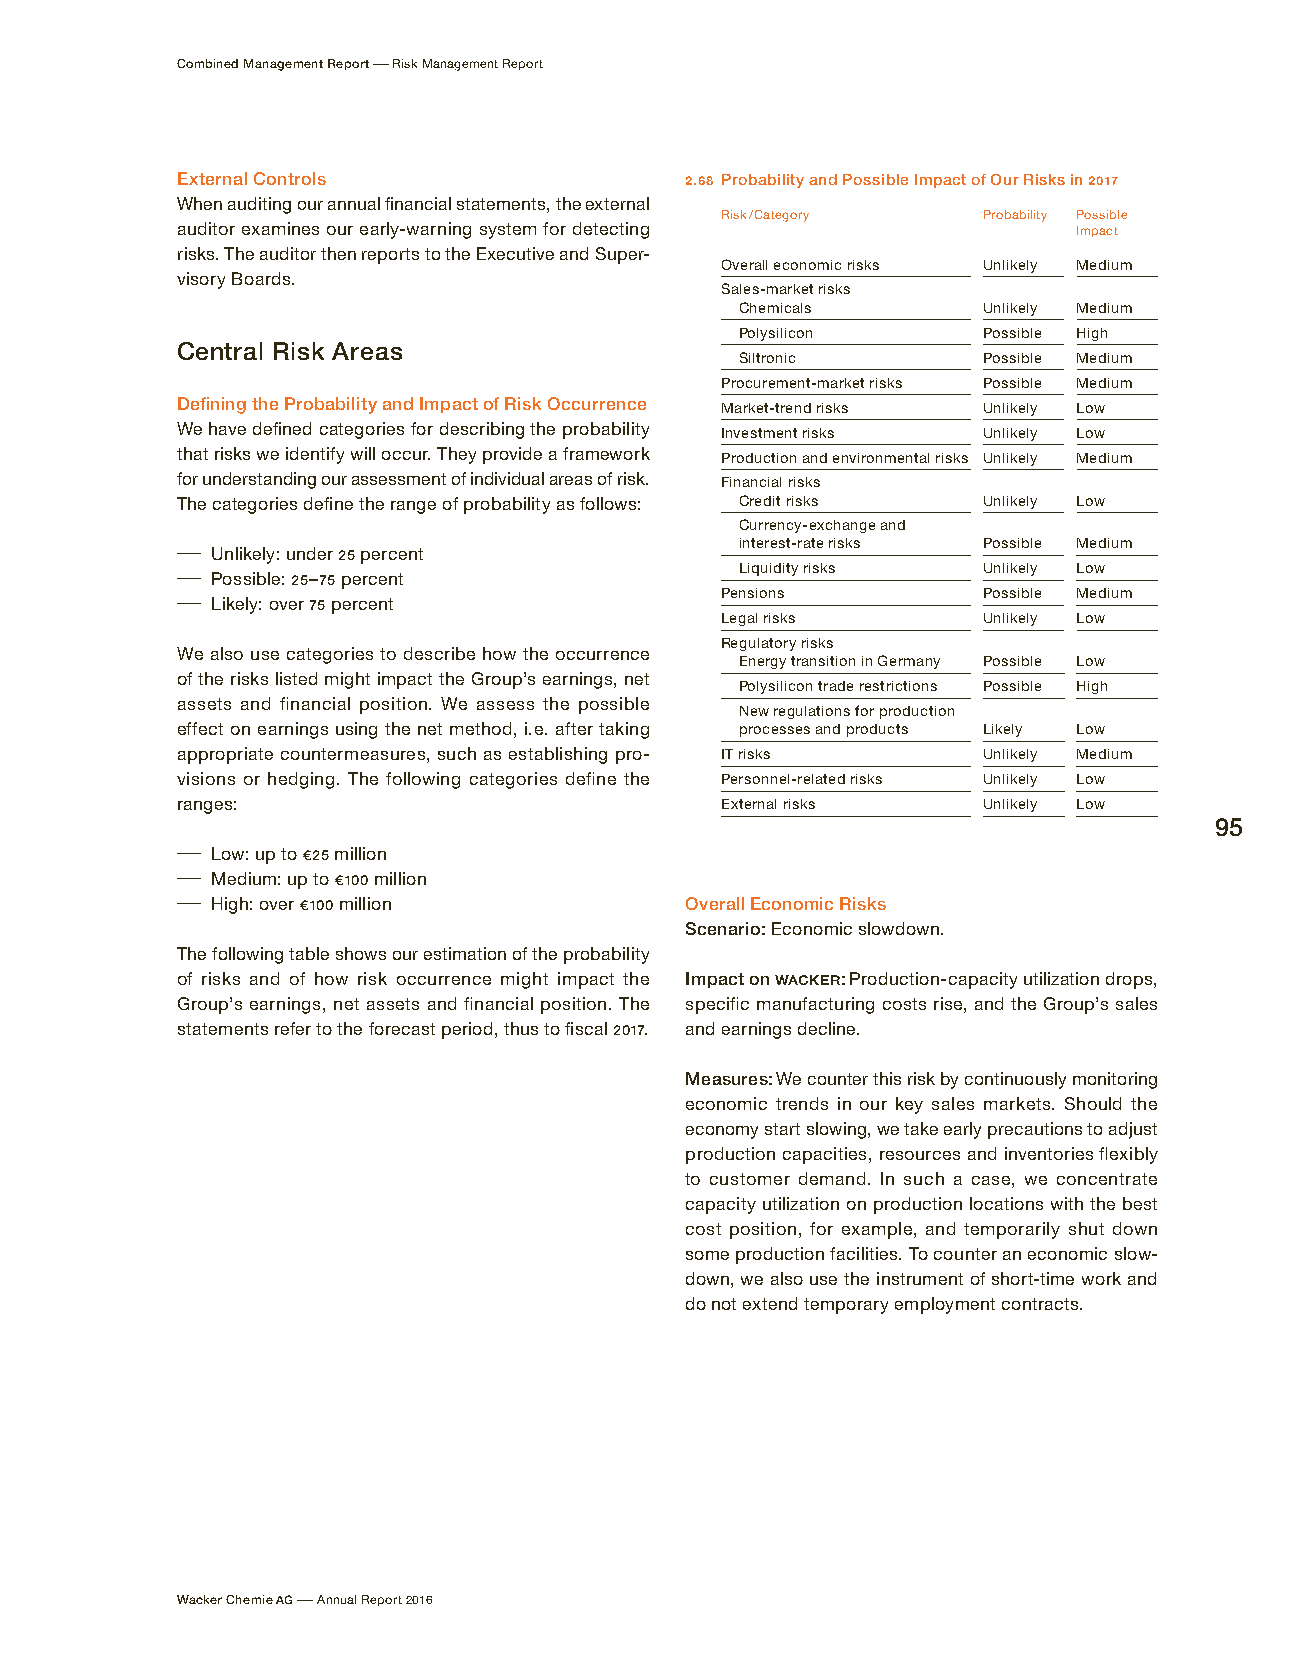
Combined Management Report – Risk Management Report
 External Controls                2.68 Probability and Possible Impact of Our Risks in 2017
 When auditing our annual financial statements, the external
 Risk / Category  Probability Possible
 auditor examines our early-warning system for detecting    Impact
 risks. The auditor then reports to the Executive and Super-
 Overall economic risks Unlikely Medium
 visory Boards.
 Sales-market risks
 Chemicals       Unlikely Medium
 Polysilicon     Possible High
 Central Risk Areas
 Siltronic       Possible Medium
 Procurement-market risks Possible Medium
 Defining the Probability and Impact of Risk Occurrence Market-trend risks Unlikely Low
 We have defined categories for describing the probability Investment risks Unlikely Low
 that risks we identify will occur. They provide a framework Production and environmental risks Unlikely Medium
 for understanding our assessment of individual areas of risk. Financial risks
 The categories define the range of probability as follows: Credit risks Unlikely Low
 Currency-exchange and
 – Unlikely: under 25 percent
 i nterest-rate risks Possible Medium
 – Possible: 25 – 75 percent
 Liquidity risks Unlikely Low
 – Likely: over 75 percent
 Pensions         Possible Medium
 Legal risks      Unlikely Low
 Regulatory risks
 We also use categories to describe how the occurrence
 Energy transition in Germany Possible Low
 of the risks listed might impact the Group’s earnings, net
 Polysilicon trade restrictions Possible High
 assets and financial position. We assess the possible
 New regulations for production
 effect on earnings using the net method, i. e. after taking processes and products Likely Low
 appropriate countermeasures, such as establishing pro- IT risks Unlikely Medium
 visions or hedging. The following categories define the Personnel-related risks Unlikely Low
 ranges:                             External risks   Unlikely Low
 95
 – Low: up to € 25 million
 – Medium: up to € 100 million
 – High: over € 100 million       Overall Economic Risks
 Scenario: Economic slowdown.
 The following table shows our estimation of the probability
 of risks and of how risk occurrence might impact the Impact on WACKER: Production-capacity utilization drops,
 Group’s earnings, net assets and financial position. The specific manufacturing costs rise, and the Group’s sales
 statements refer to the forecast period, thus to fiscal 2017. and earnings decline.
 Measures: We counter this risk by continuously monitoring
 economic trends in our key sales markets. Should the
 economy start slowing, we take early precautions to adjust
 production capacities, resources and inventories flexibly
 to customer demand. In such a case, we concentrate
 capacity utilization on production locations with the best
 cost position, for example, and temporarily shut down
 some production facilities. To counter an economic slow-
 down, we also use the instrument of short-time work and
 do not extend temporary employment contracts.
 Wacker Chemie AG – Annual Report 2016